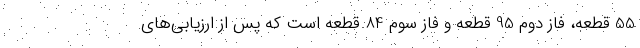
55 قطعه، فاز دوم 95 قطعه و فاز سوم 84 قطعه است که پس از ارزیابی‌های